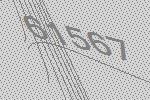
61567